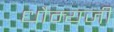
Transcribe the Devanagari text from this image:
धौम्यजी